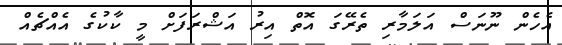
އެހެން ނޫނަސް އަލަމާރި ތެރޭގަ އޮތް އިރު އަޝްރަފަށް މީ ކާކުގެ އެއްޗެއް